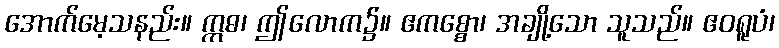
အောက်မေ့သနည်း။ ဣဓ၊ ဤလောက၌။ ဧကစ္စော၊ အချို့သော သူသည်။ ဧဝရူပံ၊